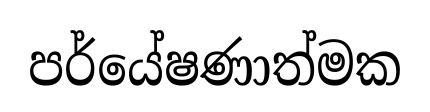
පර්යේෂණාත්මක